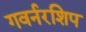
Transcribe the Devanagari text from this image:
गवर्नरशिप